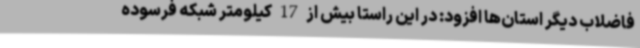
فاضلاب دیگر استان‌ها افزود: در این راستا بیش از 17 کیلومتر شبکه فرسوده